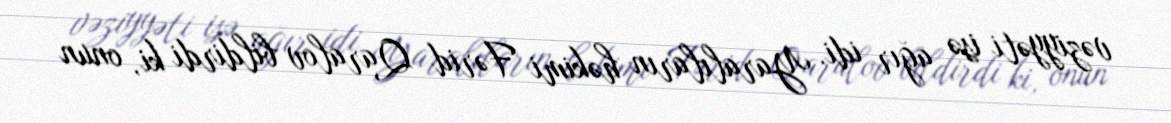
vəziyyəti isə ağır idi. Yaralıların həkimi Fərid Qaralov bildirdi ki, onun